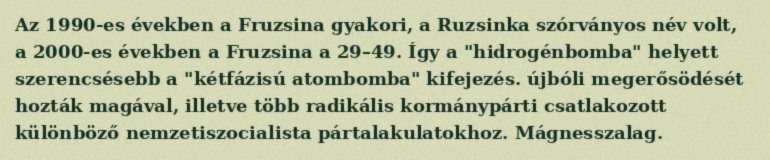
Az 1990-es években a Fruzsina gyakori, a Ruzsinka szórványos név volt, a 2000-es években a Fruzsina a 29–49. Így a "hidrogénbomba" helyett szerencsésebb a "kétfázisú atombomba" kifejezés. újbóli megerősödését hozták magával, illetve több radikális kormánypárti csatlakozott különböző nemzetiszocialista pártalakulatokhoz. Mágnesszalag.